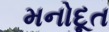
મનોદૂત